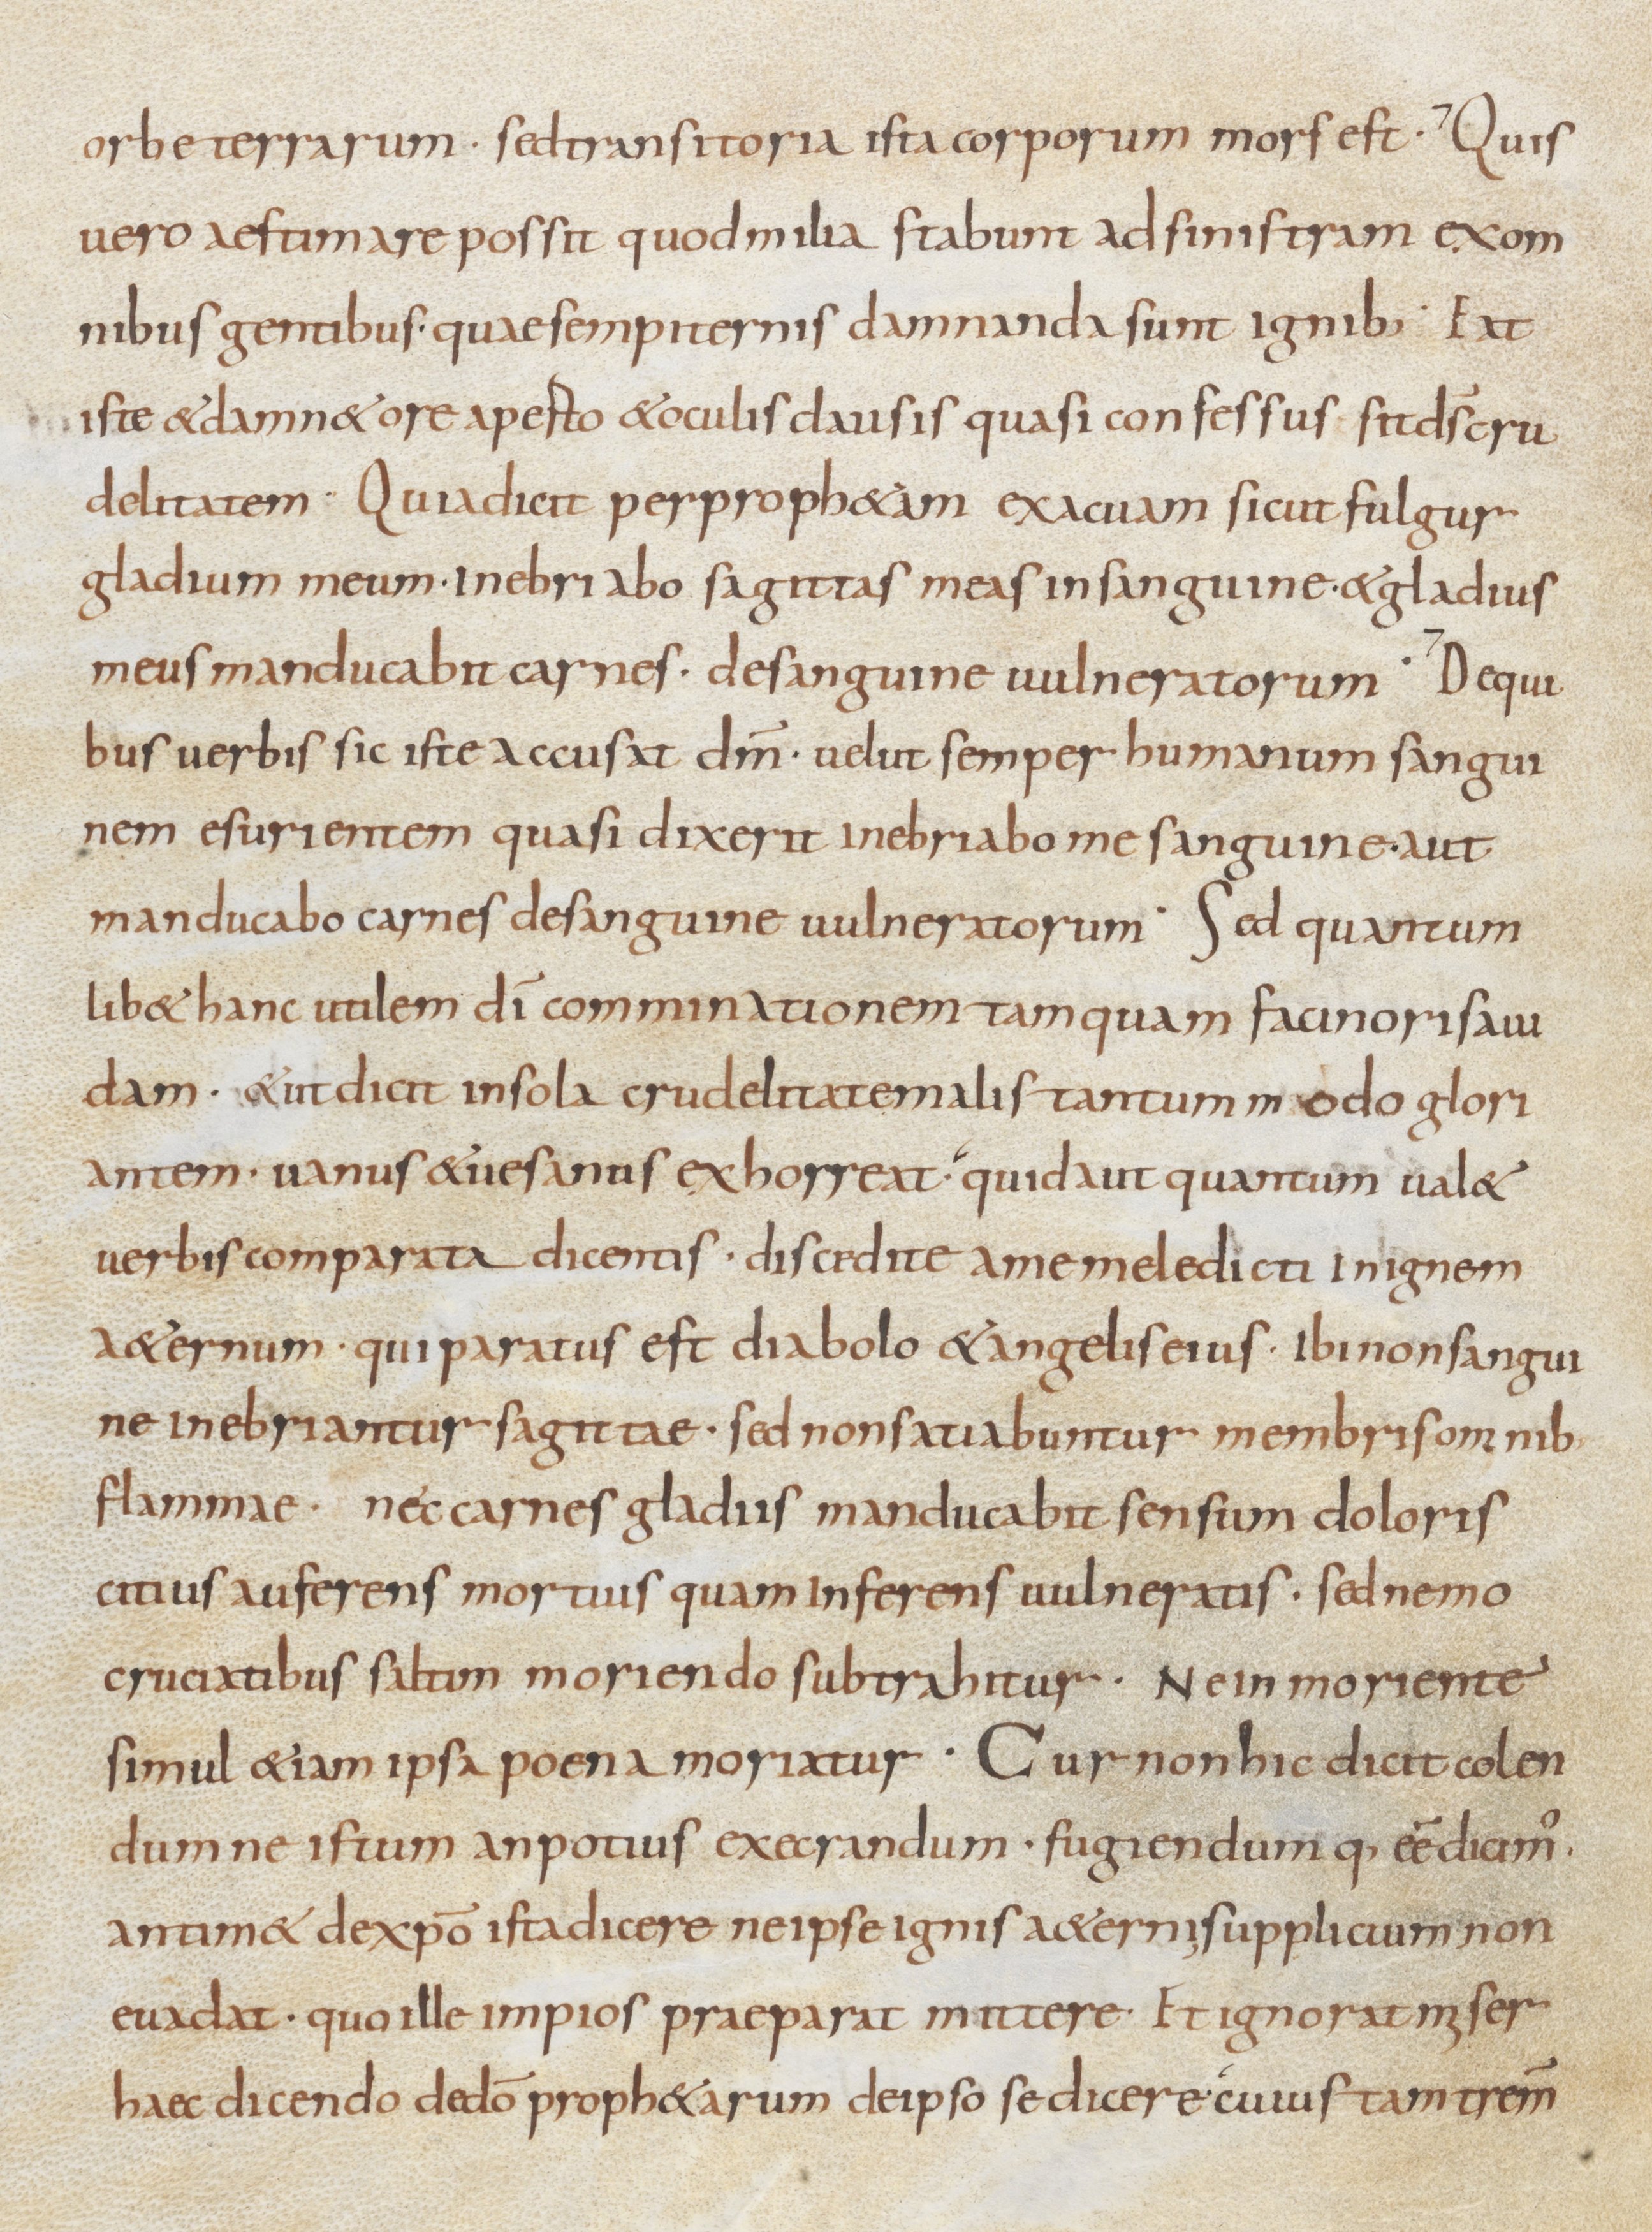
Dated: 800–899